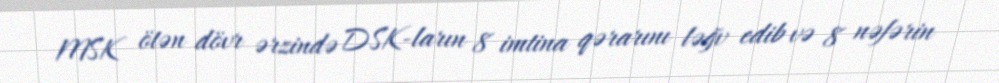
MSK ötən dövr ərzində DSK-ların 8 imtina qərarını ləğv edib və 8 nəfərin